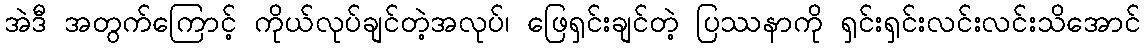
အဲဒီ အတွက်ကြောင့် ကိုယ်လုပ်ချင်တဲ့အလုပ်၊ ဖြေရှင်းချင်တဲ့ ပြဿနာကို ရှင်းရှင်းလင်းလင်းသိအောင်